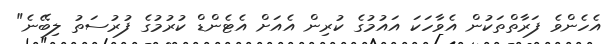
އެހެންވެ ފަރާތްތަކުން އެވާހަކަ އައުމުގެ ކުރިން އެއަށް އެޓެންޑް ކުރުމުގެ ފުރުސަތު ލިބޭނެ"